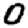
Digit: 0